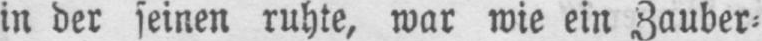
in der seinen ruhte, war wie ein Zauber-